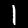
Digit: 1